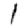
Digit: 1